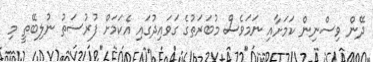
ދޭން ވިސްނިން ކަމަށާއި ނަމަވެސް މުބަރަތުގެ ގަވައިދުގައި އެކަމަށް ފުރުސަތު ނުލިބޭތީ މި